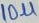
Text: 10µ